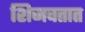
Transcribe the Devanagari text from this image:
शिजवतात